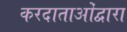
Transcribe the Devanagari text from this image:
करदाताओंद्वारा